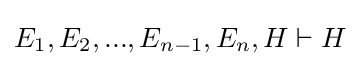
E_{1},E_{2},...,E_{n-1},E_{n},H\vdash H